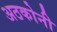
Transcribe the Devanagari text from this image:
अठकोनी